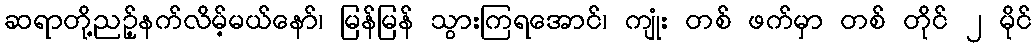
ဆရာတို့ညဉ့်နက်လိမ့်မယ်နော်၊ မြန်မြန် သွားကြရအောင်၊ ကျုံး တစ် ဖက်မှာ တစ် တိုင် ၂ မိုင်